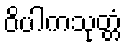
ဝိပါကသုတ္တံ